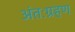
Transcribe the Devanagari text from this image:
अंतःग्रहण